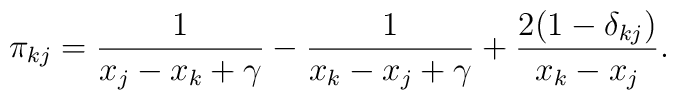
\pi_{kj}=\frac{1}{x_j-x_k+\gamma}-\frac{1}{x_k-x_j+\gamma}+\frac{2(1-\delta_{kj})}{x_k-x_j}.